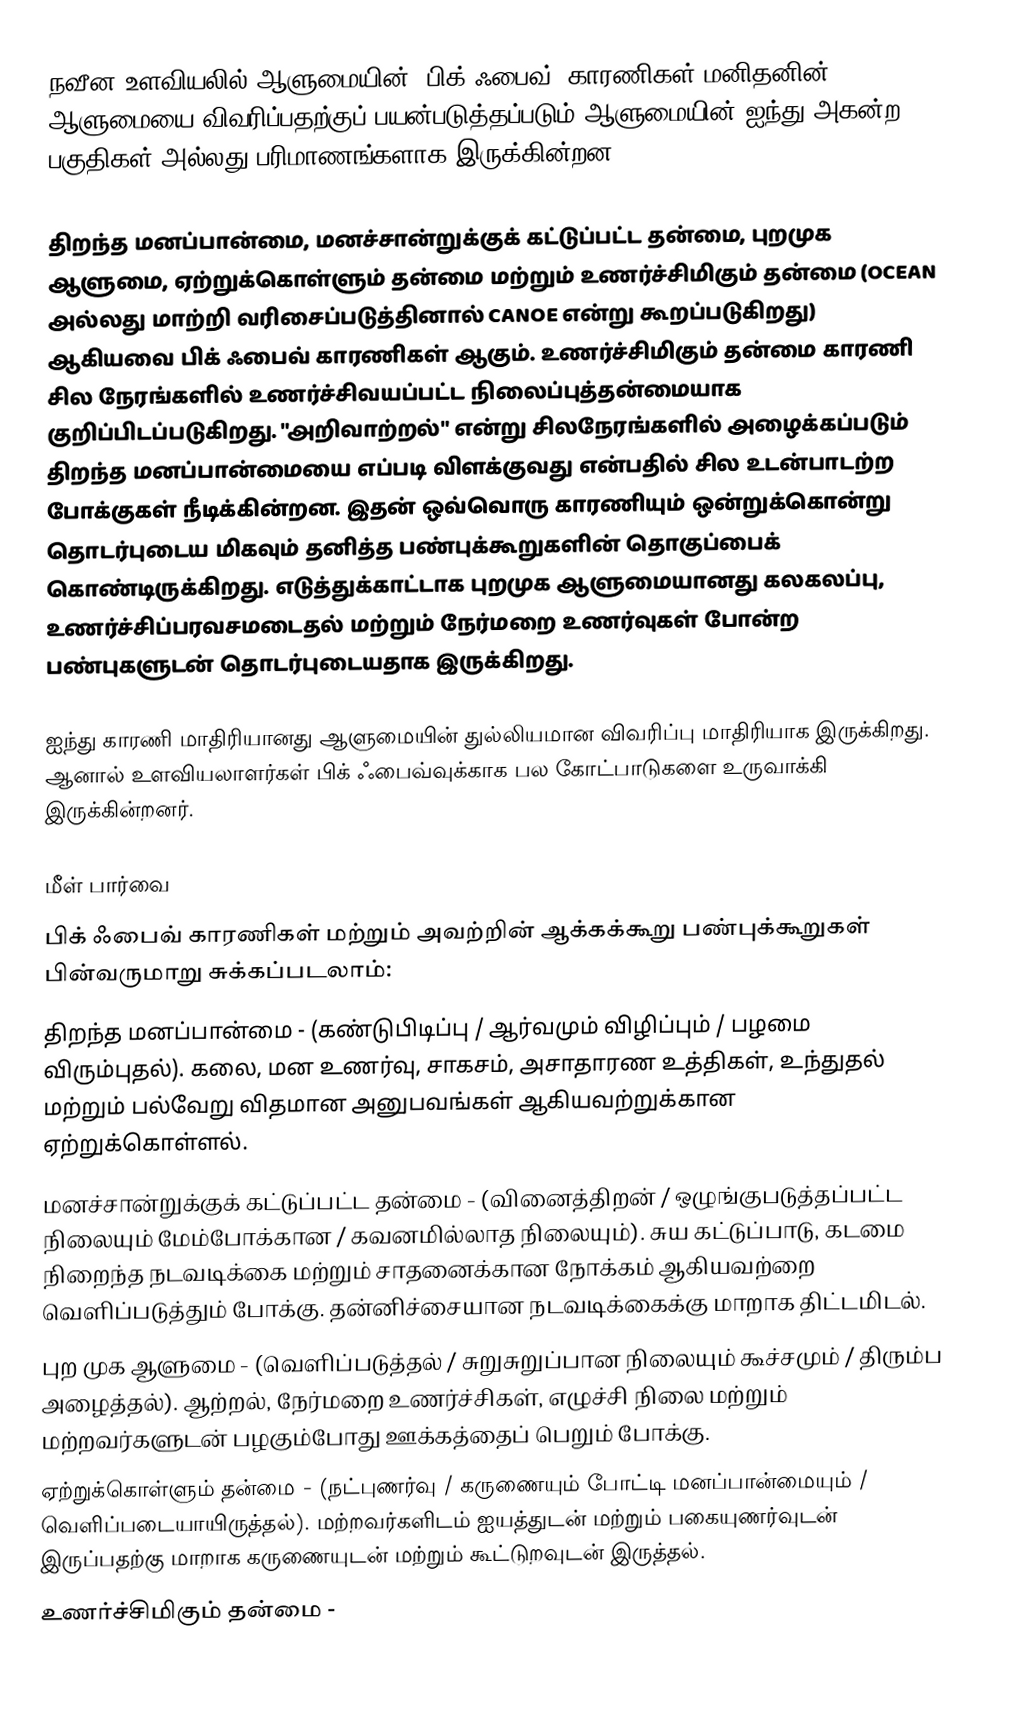
நவீன உளவியலில் ஆளுமையின் "பிக் ஃபைவ்" காரணிகள்  மனிதனின் ஆளுமையை விவரிப்பதற்குப் பயன்படுத்தப்படும் ஆளுமையின் ஐந்து அகன்ற பகுதிகள் அல்லது பரிமாணங்களாக இருக்கின்றன.

திறந்த மனப்பான்மை, மனச்சான்றுக்குக் கட்டுப்பட்ட தன்மை, புறமுக ஆளுமை, ஏற்றுக்கொள்ளும் தன்மை மற்றும் உணர்ச்சிமிகும் தன்மை (OCEAN அல்லது மாற்றி வரிசைப்படுத்தினால் CANOE என்று கூறப்படுகிறது) ஆகியவை பிக் ஃபைவ் காரணிகள் ஆகும். உணர்ச்சிமிகும் தன்மை காரணி சில நேரங்களில் உணர்ச்சிவயப்பட்ட நிலைப்புத்தன்மையாக குறிப்பிடப்படுகிறது. "அறிவாற்றல்" என்று சிலநேரங்களில் அழைக்கப்படும் திறந்த மனப்பான்மையை எப்படி விளக்குவது என்பதில் சில உடன்பாடற்ற போக்குகள் நீடிக்கின்றன. இதன் ஒவ்வொரு காரணியும் ஒன்றுக்கொன்று தொடர்புடைய மிகவும் தனித்த பண்புக்கூறுகளின் தொகுப்பைக் கொண்டிருக்கிறது. எடுத்துக்காட்டாக புறமுக ஆளுமையானது கலகலப்பு, உணர்ச்சிப்பரவசமடைதல் மற்றும் நேர்மறை உணர்வுகள் போன்ற பண்புகளுடன் தொடர்புடையதாக இருக்கிறது.

ஐந்து காரணி மாதிரியானது ஆளுமையின் துல்லியமான விவரிப்பு மாதிரியாக இருக்கிறது. ஆனால் உளவியலாளர்கள் பிக் ஃபைவ்வுக்காக பல கோட்பாடுகளை உருவாக்கி இருக்கின்றனர்.

மீள் பார்வை
பிக் ஃபைவ் காரணிகள் மற்றும் அவற்றின் ஆக்கக்கூறு பண்புக்கூறுகள் பின்வருமாறு சுக்கப்படலாம்:
 திறந்த மனப்பான்மை  - (கண்டுபிடிப்பு / ஆர்வமும் விழிப்பும் / பழமை விரும்புதல்). கலை, மன உணர்வு, சாகசம், அசாதாரண உத்திகள், உந்துதல் மற்றும் பல்வேறு விதமான அனுபவங்கள் ஆகியவற்றுக்கான ஏற்றுக்கொள்ளல்.
 மனச்சான்றுக்குக் கட்டுப்பட்ட தன்மை  - (வினைத்திறன் / ஒழுங்குபடுத்தப்பட்ட நிலையும் மேம்போக்கான / கவனமில்லாத நிலையும்). சுய கட்டுப்பாடு, கடமை நிறைந்த நடவடிக்கை மற்றும் சாதனைக்கான நோக்கம் ஆகியவற்றை வெளிப்படுத்தும் போக்கு. தன்னிச்சையான நடவடிக்கைக்கு மாறாக திட்டமிடல்.
 புற முக ஆளுமை  - (வெளிப்படுத்தல் / சுறுசுறுப்பான நிலையும் கூச்சமும் / திரும்ப அழைத்தல்). ஆற்றல், நேர்மறை உணர்ச்சிகள், எழுச்சி நிலை மற்றும் மற்றவர்களுடன் பழகும்போது ஊக்கத்தைப் பெறும் போக்கு.
 ஏற்றுக்கொள்ளும் தன்மை  - (நட்புணர்வு / கருணையும் போட்டி மனப்பான்மையும் / வெளிப்படையாயிருத்தல்). மற்றவர்களிடம் ஐயத்துடன் மற்றும் பகையுணர்வுடன் இருப்பதற்கு மாறாக கருணையுடன் மற்றும் கூட்டுறவுடன் இருத்தல்.
 உணர்ச்சிமிகும் தன்மை  -